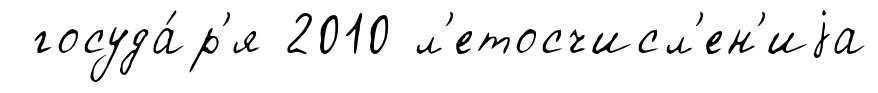
госуда́р'я 2010 л'етосчисл'ен'иjа